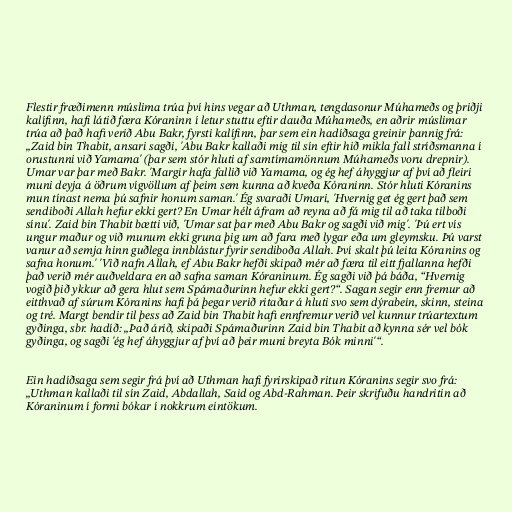
Flestir fræðimenn múslima trúa því hins vegar að Uthman, tengdasonur Múhameðs og þriðji
kalífinn, hafi látið færa Kóraninn í letur stuttu eftir dauða Múhameðs, en aðrir múslimar
trúa að það hafi verið Abu Bakr, fyrsti kalífinn, þar sem ein hadíðsaga greinir þannig frá:
„Zaid bin Thabit, ansari sagði, 'Abu Bakr kallaði mig til sín eftir hið mikla fall stríðsmanna í
orustunni við Yamama' (þar sem stór hluti af samtímamönnum Múhameðs voru drepnir).
Umar var þar með Bakr. 'Margir hafa fallið við Yamama, og ég hef áhyggjur af því að fleiri
muni deyja á öðrum vígvöllum af þeim sem kunna að kveða Kóraninn. Stór hluti Kóranins
mun tínast nema þú safnir honum saman.' Ég svaraði Umari, 'Hvernig get ég gert það sem
sendiboði Allah hefur ekki gert? En Umar hélt áfram að reyna að fá mig til að taka tilboði
sínu'. Zaid bin Thabit bætti við, 'Umar sat þar með Abu Bakr og sagði við mig'. 'Þú ert vís
ungur maður og við munum ekki gruna þig um að fara með lygar eða um gleymsku. Þú varst
vanur að semja hinn guðlega innblástur fyrir sendiboða Allah. Því skalt þú leita Kóranins og
safna honum.' 'Við nafn Allah, ef Abu Bakr hefði skipað mér að færa til eitt fjallanna hefði
það verið mér auðveldara en að safna saman Kóraninum. Ég sagði við þá báða, “Hvernig
vogið þið ykkur að gera hlut sem Spámaðurinn hefur ekki gert?“. Sagan segir enn fremur að
eitthvað af súrum Kóranins hafi þá þegar verið ritaðar á hluti svo sem dýrabein, skinn, steina
og tré. Margt bendir til þess að Zaid bin Thabit hafi ennfremur verið vel kunnur trúartextum
gyðinga, sbr. hadíð: „Það árið, skipaði Spámaðurinn Zaid bin Thabit að kynna sér vel bók
gyðinga, og sagði 'ég hef áhyggjur af því að þeir muni breyta Bók minni'“.

Ein hadíðsaga sem segir frá því að Uthman hafi fyrirskipað ritun Kóranins segir svo frá:
„Uthman kallaði til sín Zaid, Abdallah, Said og Abd-Rahman. Þeir skrifuðu handritin að
Kóraninum í formi bókar í nokkrum eintökum.